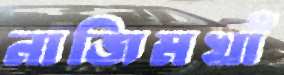
নাজিমখাঁ